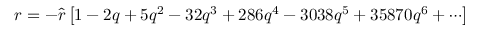
r = - { \hat { r } } \left[ 1 - 2 q + 5 q ^ { 2 } - 3 2 q ^ { 3 } + 2 8 6 q ^ { 4 } - 3 0 3 8 q ^ { 5 } + 3 5 8 7 0 q ^ { 6 } + \cdots \right]